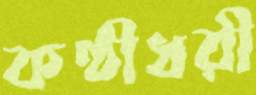
কণ্ঠীধরী